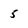
Character: 5